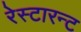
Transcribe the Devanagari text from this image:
रेस्टारन्ट